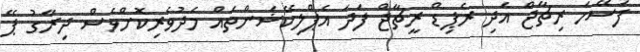
ފަސޭހަ ރިޗާޖް އަދި ރެޕިޑް ރީޗާޖް ފަދަ އެޕްލިކޭޝަންތައް މެދުވެރިކޮށްވެސް ދިރާގު ޕޭ